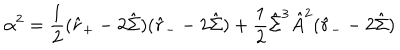
\alpha ^ { 2 } = \frac { 1 } { 2 } ( \hat { r } _ { + } - 2 \hat { \Sigma } ) ( \hat { r } _ { - } - 2 \hat { \Sigma } ) + \frac { 1 } { 2 } \hat { \Sigma } ^ { 3 } \hat { A } ^ { 2 } ( \hat { r } _ { - } - 2 \hat { \Sigma } )